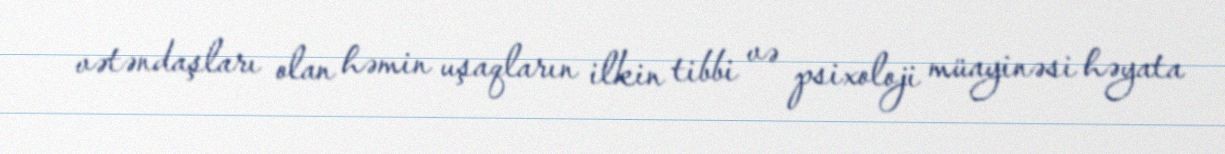
vətəndaşları olan həmin uşaqların ilkin tibbi və psixoloji müayinəsi həyata